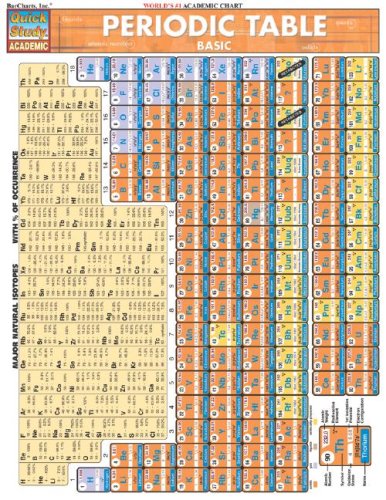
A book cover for Periodic Table Basic (Quickstudy: Academic); Inc. BarCharts; Science & Math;